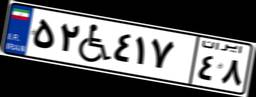
۵۲W۴۱۷۴۸